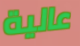
عالية